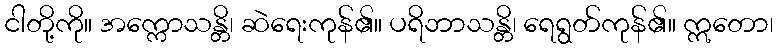
ငါတို့ကို။ အက္ကောသန္တိ၊ ဆဲရေးကုန်၏။ ပရိဘာသန္တိ၊ ရေရွတ်ကုန်၏။ ဣတော၊